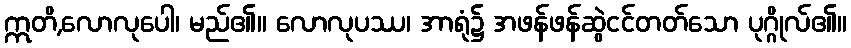
ဣတိ,လောလုပေါ၊ မည်၏။ လောလုပဿ၊ အာရုံ၌ အဖန်ဖန်ဆွဲငင်တတ်သော ပုဂ္ဂိုလ်၏။